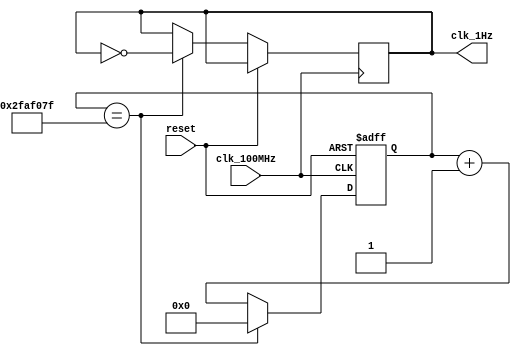
`timescale 1ns / 1ps
//////////////////////////////////////////////////////////////////////////////////
// Company: 
// Engineer: 
// 
// Design Name: 
// Module Name: onegertzgen
// Project Name: 
// Target Devices: 
// Tool Versions: 
// Description: 
// 
// Dependencies: 
// 
// Revision:
// Revision 0.01 - File Created
// Additional Comments:
// 
//////////////////////////////////////////////////////////////////////////////////


module onegertzgen
(
input clk_100MHz,
    input reset,
    output clk_1Hz
    );
    reg[25:0] r_count=0;
    reg r_1hz=0;
    always @(posedge clk_100MHz or posedge reset) begin
        if(reset)
            r_count <=26'b0;
        else begin
            if(r_count==49_999_999)
            begin
               r_count <=26'b0;
               r_1hz <=~r_1hz;
            end
            else
                r_count <= r_count +1;
        end
      end
      assign clk_1Hz=r_1hz;
endmodule